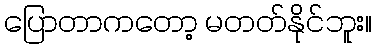
ပြောတာကတော့ မတတ်နိုင်ဘူး။